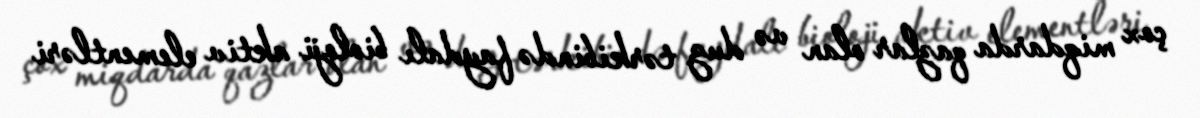
çox miqdarda qazlar olan və duz tərkibində faydalı bioloji aktiv elementləri